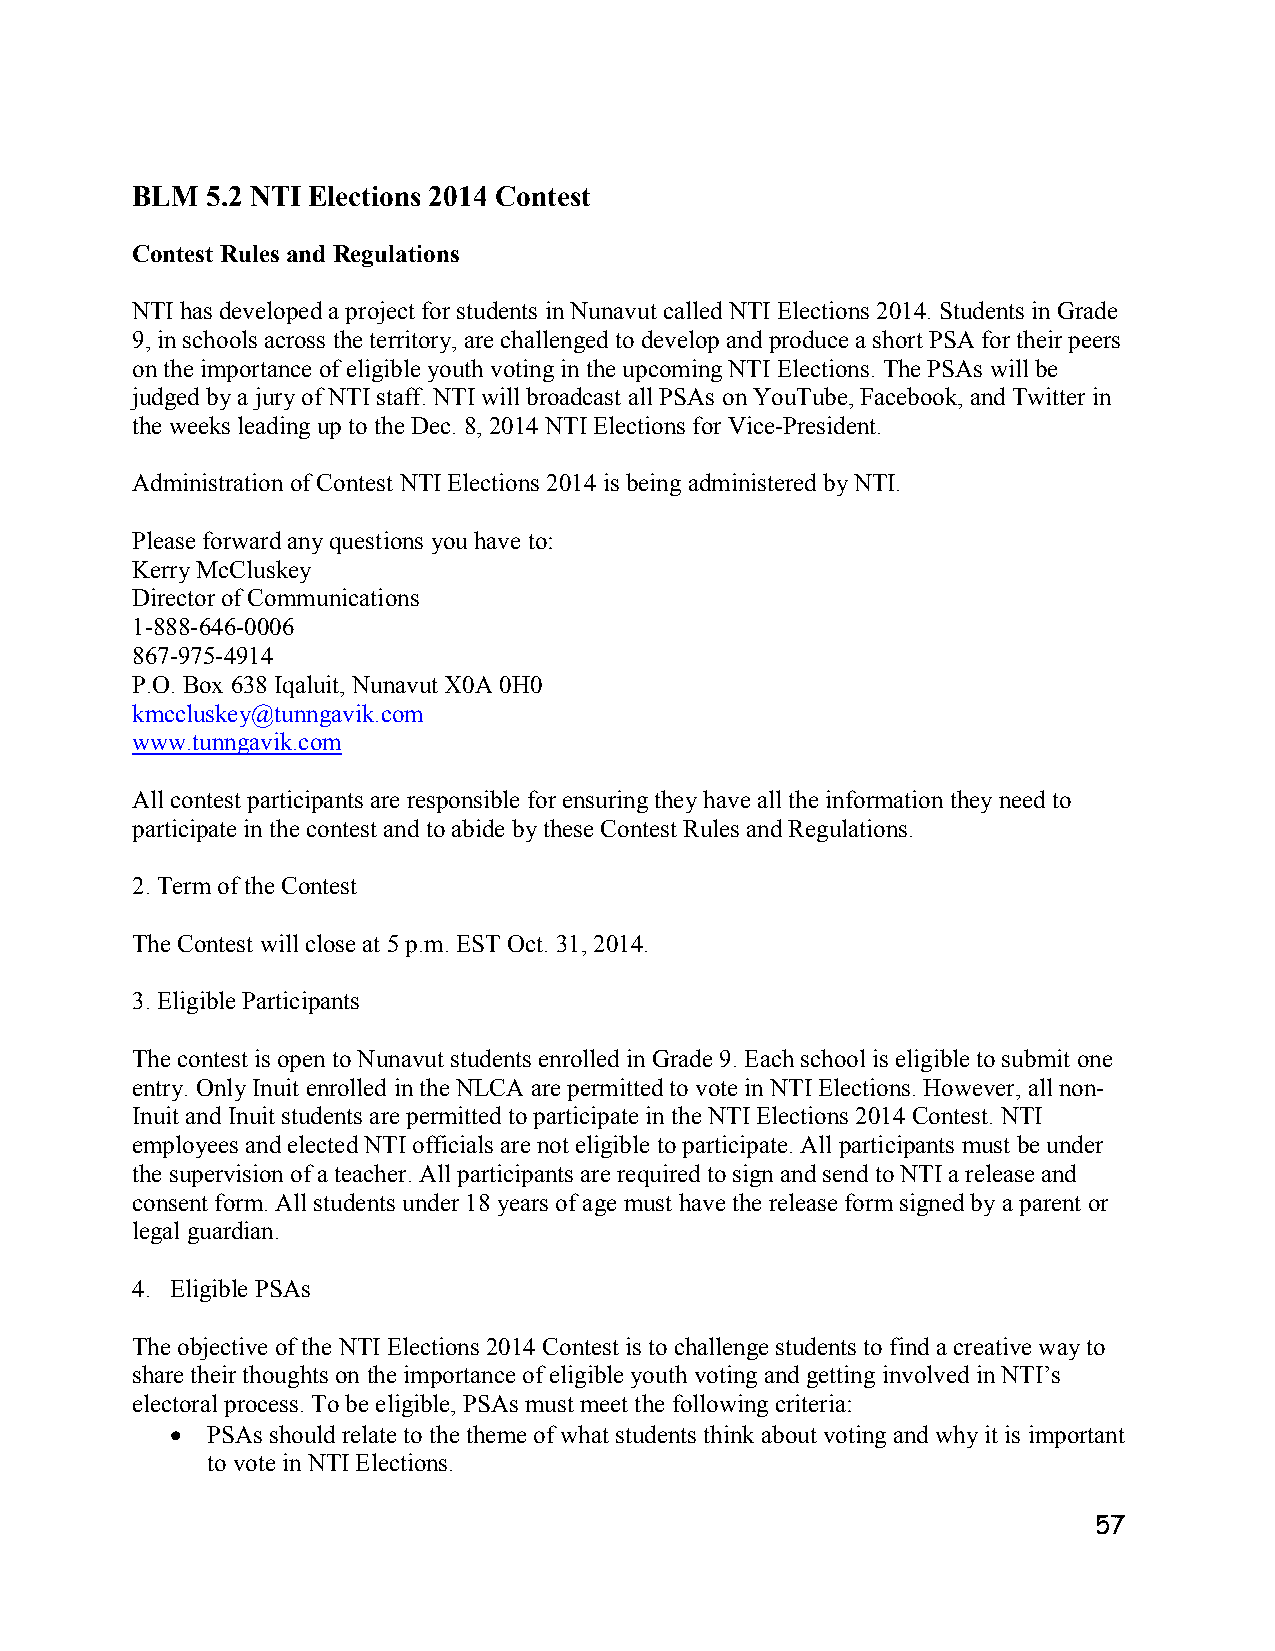
BLM  5.2 NTI Elections 2014 Contest
 Contest Rules and Regulations
 NTI has developed a project for students in Nunavut called NTI Elections 2014. Students in Grade
 9, in schools across the territory, are challenged to develop and produce a short PSA for their peers
 on the importance of eligible youth voting in the upcoming NTI Elections. The PSAs will be
 judged by a jury of NTI staff. NTI will broadcast all PSAs on YouTube, Facebook, and Twitter in
 the weeks leading up to the Dec. 8, 2014 NTI Elections for Vice-President.
 Administration of Contest NTI Elections 2014 is being administered by NTI.
 Please forward any questions you have to:
 Kerry McCluskey
 Director of Communications
 1-888-646-0006
 867-975-4914
 P.O. Box 638 Iqaluit, Nunavut X0A 0H0
 kmccluskey@tunngavik.com
 www.tunngavik.com
 All contest participants are responsible for ensuring they have all the information they need to
 participate in the contest and to abide by these Contest Rules and Regulations.
 2. Term of the Contest
 The Contest will close at 5 p.m. EST Oct. 31, 2014.
 3. Eligible Participants
 The contest is open to Nunavut students enrolled in Grade 9. Each school is eligible to submit one
 entry. Only Inuit enrolled in the NLCA are permitted to vote in NTI Elections. However, all non-
 Inuit and Inuit students are permitted to participate in the NTI Elections 2014 Contest. NTI
 employees and elected NTI officials are not eligible to participate. All participants must be under
 the supervision of a teacher. All participants are required to sign and send to NTI a release and
 consent form. All students under 18 years of age must have the release form signed by a parent or
 legal guardian.
 4. Eligible PSAs
 The objective of the NTI Elections 2014 Contest is to challenge students to find a creative way to
 share their thoughts on the importance of eligible youth voting and getting involved in NTI’s
 electoral process. To be eligible, PSAs must meet the following criteria:
   PSAs should relate to the theme of what students think about voting and why it is important
 to vote in NTI Elections.
 57